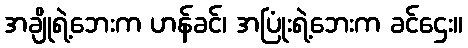
အချိုရဲ့ဘေးက ဟန်ခင်၊ အပြုံးရဲ့ဘေးက ခင်ဌေး။